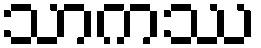
သာကဿ